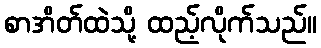
စာအိတ်ထဲသို့ ထည့်လိုက်သည်။